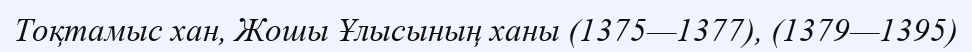
Тоқтамыс хан, Жошы Ұлысының ханы (1375—1377), (1379—1395)